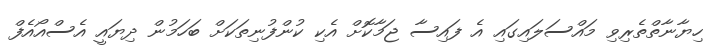
ހިޔާނާތްތެރިވި މައްސަލައިގައި އެ ފައިސާ ޖަމާކޮށް އެކި ކުންފުނިތަކަށް ބަހަމުން ދިޔައީ އެސްއޯއެފް